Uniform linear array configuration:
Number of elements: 48
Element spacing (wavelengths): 0.75
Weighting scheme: hamming
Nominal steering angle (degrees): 45
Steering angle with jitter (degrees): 45.27
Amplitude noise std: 0.05
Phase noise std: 0.05

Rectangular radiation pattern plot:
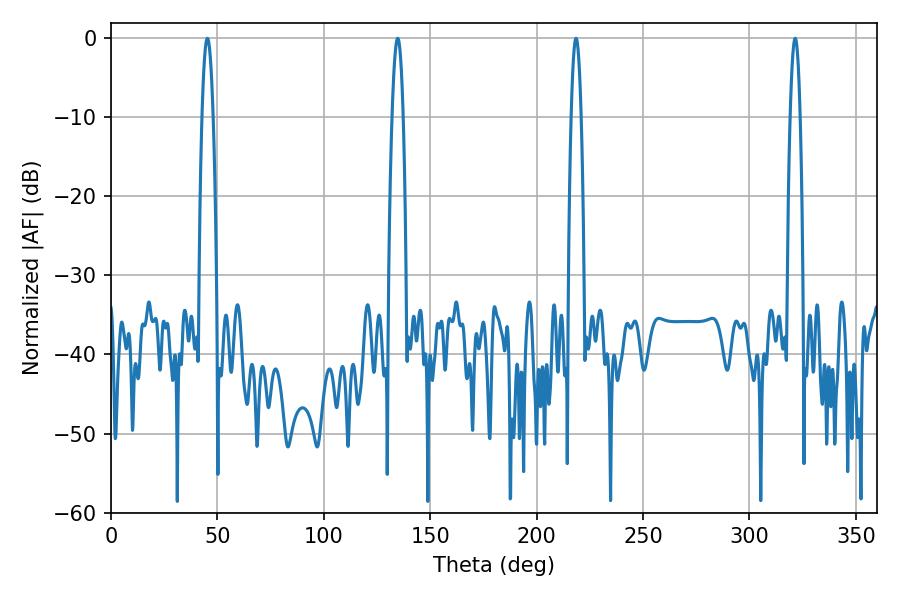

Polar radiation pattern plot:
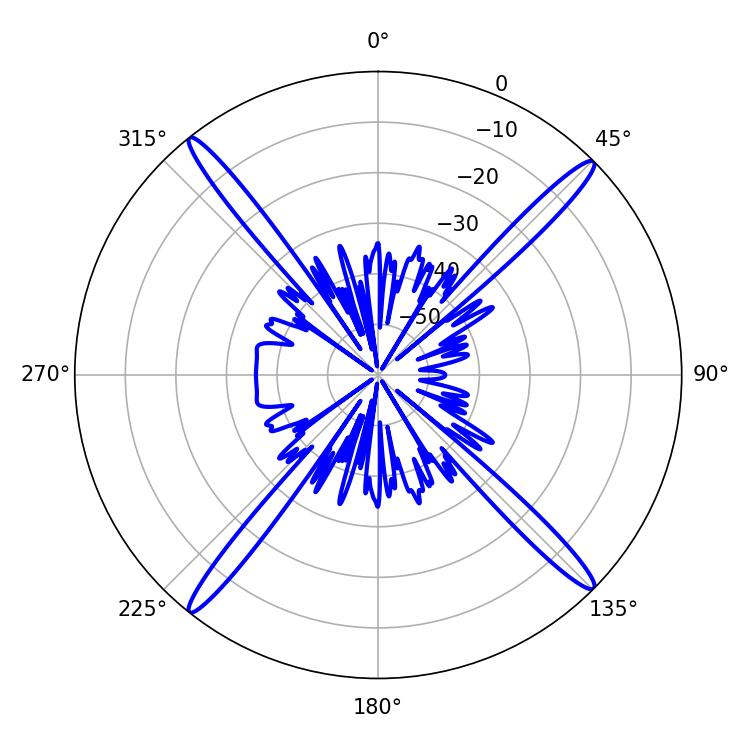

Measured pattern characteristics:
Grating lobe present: TRUE
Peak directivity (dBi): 20.869
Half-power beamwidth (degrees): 2.52
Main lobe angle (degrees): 218.52